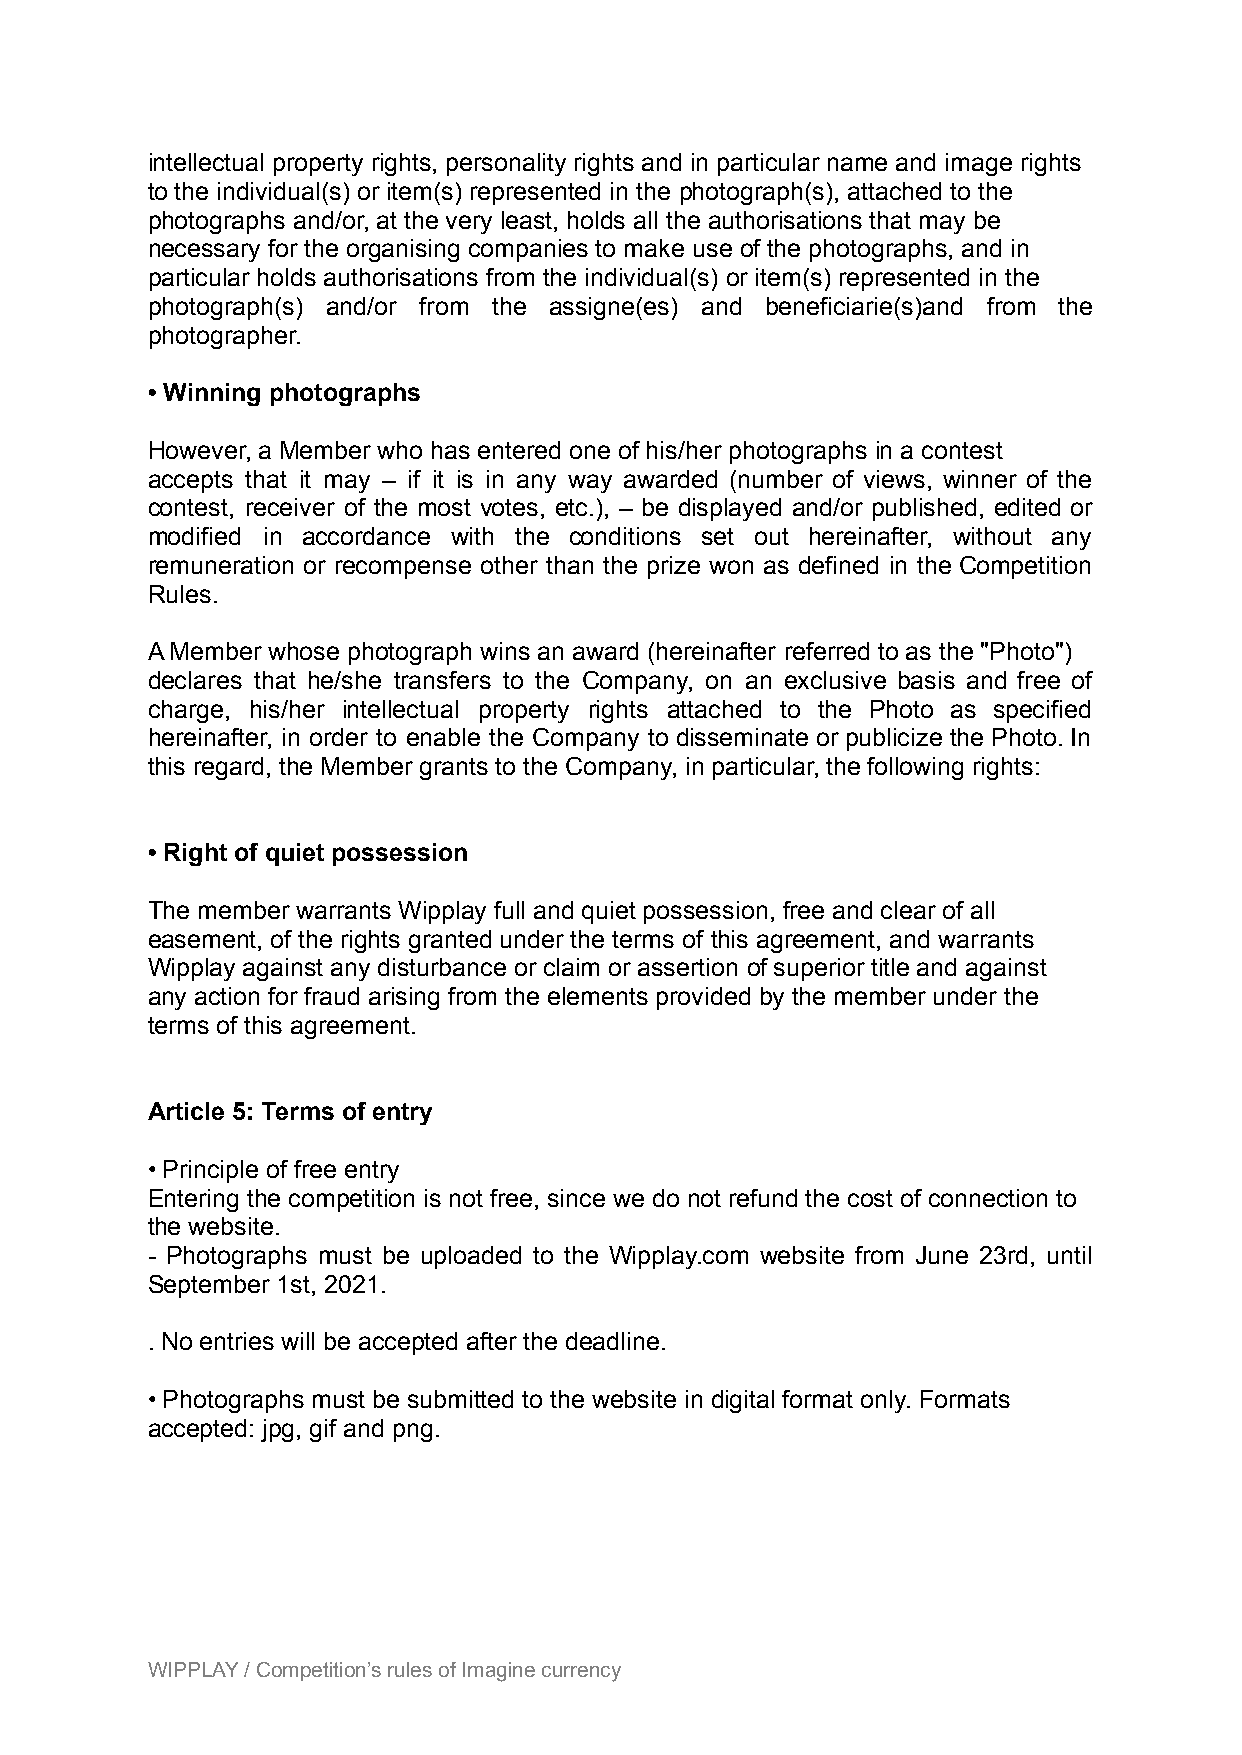
intellectual property rights, personality rights and in particular name and image rights
 to the individual(s) or item(s) represented in the photograph(s), attached to the
 photographs and/or, at the very least, holds all the authorisations that may be
 necessary for the organising companies to make use of the photographs, and in
 particular holds authorisations from the individual(s) or item(s) represented in the
 photograph(s) and/or from the assigne(es) and beneficiarie(s)and from the
 photographer.
 • Winning photographs
 However, a Member who has entered one of his/her photographs in a contest
 accepts that it may – if it is in any way awarded (number of views, winner of the
 contest, receiver of the most votes, etc.), – be displayed and/or published, edited or
 modified in accordance with the conditions set out hereinafter, without any
 remuneration or recompense other than the prize won as defined in the Competition
 Rules.
 A Member whose photograph wins an award (hereinafter referred to as the "Photo")
 declares that he/she transfers to the Company, on an exclusive basis and free of
 charge, his/her intellectual property rights attached to the Photo as specified
 hereinafter, in order to enable the Company to disseminate or publicize the Photo. In
 this regard, the Member grants to the Company, in particular, the following rights:
 • Right of quiet possession
 The member warrants Wipplay full and quiet possession, free and clear of all
 easement, of the rights granted under the terms of this agreement, and warrants
 Wipplay against any disturbance or claim or assertion of superior title and against
 any action for fraud arising from the elements provided by the member under the
 terms of this agreement.
 Article 5: Terms of entry
 • Principle of free entry
 Entering the competition is not free, since we do not refund the cost of connection to
 the website.
 - Photographs must be uploaded to the Wipplay.com website from June 23rd, until
 September 1st, 2021.
 . No entries will be accepted after the deadline.
 • Photographs must be submitted to the website in digital format only. Formats
 accepted: jpg, gif and png.
 WIPPLAY / Competition’s rules of Imagine currency